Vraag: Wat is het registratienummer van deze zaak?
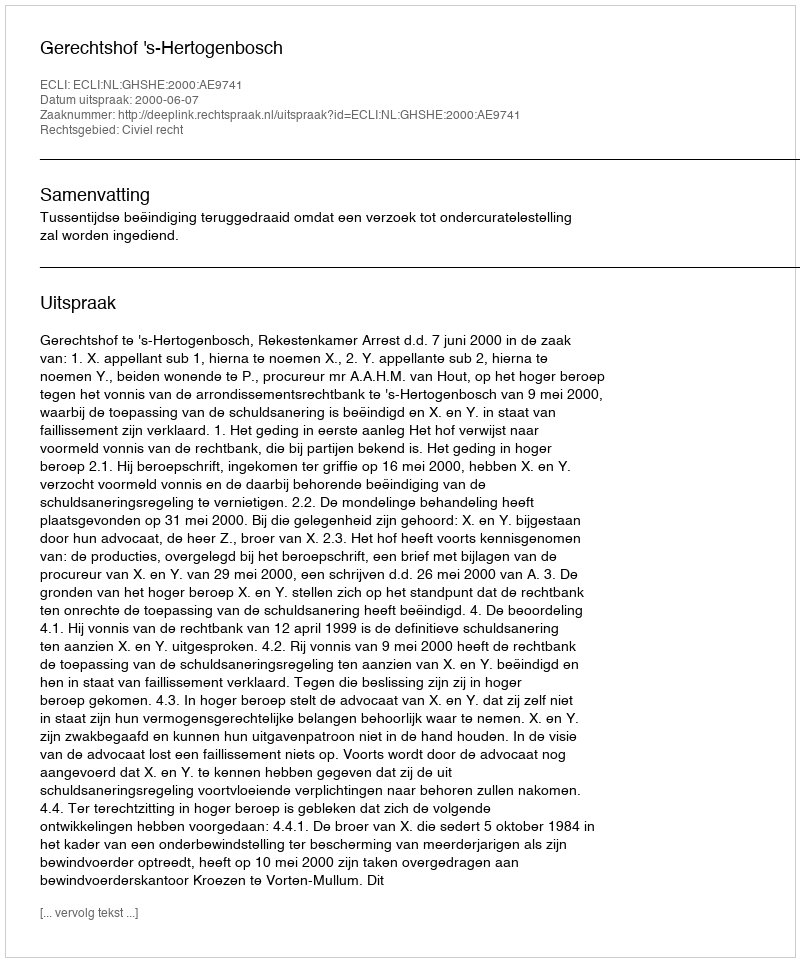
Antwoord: http://deeplink.rechtspraak.nl/uitspraak?id=ECLI:NL:GHSHE:2000:AE9741